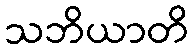
သဘိယာတိ